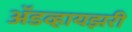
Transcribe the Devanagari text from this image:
अॅडव्हायझरी